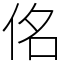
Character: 佲